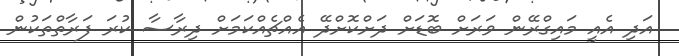
އަދި އެއީ މައިގްރޭން ވަރަށް ބޮޑަށް ދަށްކޮށްދޭ އެއްޗެއްކަމަށް ދިރާސާ ކުރަ ފަރާތްތަކުން